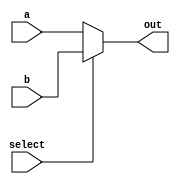
module multiplexer2 #(
    parameter DATA_W = 64
) (
    input select,
    input [DATA_W-1:0] a,
    input [DATA_W-1:0] b,
    output [DATA_W-1:0] out
);

assign out = (select == 0) ? a : b;
    
endmodule